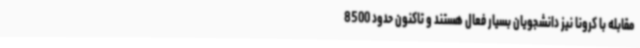
مقابله با کرونا نیز دانشجویان بسیار فعال هستند و تاکنون حدود 8500